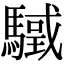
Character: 𩥳